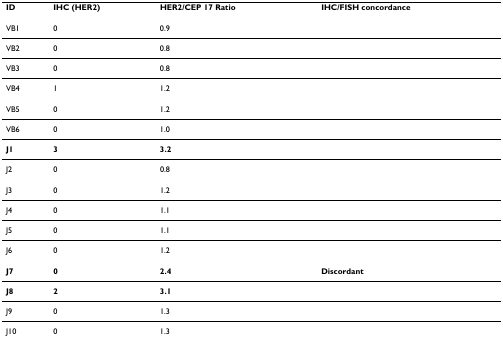
| ID | IHC (HER2) | HER2/CEP 17 Ratio | IHC/FISH concordance |
 | --- | --- | --- | --- |
 | VB1 | 0 | 0.9 |  |
 | VB2 | 0 | 0.8 |  |
 | VB3 | 0 | 0.8 |  |
 | VB4 | 1 | 1.2 |  |
 | VB5 | 0 | 1.2 |  |
 | VB6 | 0 | 1.0 |  |
 | J1 | 3 | 3.2 |  |
 | J2 | 0 | 0.8 |  |
 | J3 | 0 | 1.2 |  |
 | J4 | 0 | 1.1 |  |
 | J5 | 0 | 1.1 |  |
 | J6 | 0 | 1.2 |  |
 | J7 | 0 | 2.4 | Discordant |
 | J8 | 2 | 3.1 |  |
 | J9 | 0 | 1.3 |  |
 | J10 | 0 | 1.3 |  |